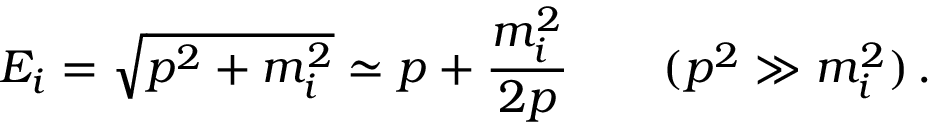
E _ { i } = \sqrt { p ^ { 2 } + m _ { i } ^ { 2 } } \simeq p + \frac { m _ { i } ^ { 2 } } { 2 p } \qquad ( p ^ { 2 } \gg m _ { i } ^ { 2 } ) \, .